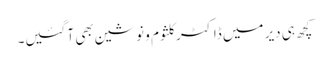
کچھ ہی دیر میں ڈاکٹر کلثوم و نوشین بھی آ گئیں۔